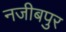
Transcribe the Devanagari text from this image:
नजीबपुर